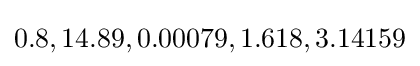
0.8,14.89,0.00079,1.618,3.14159